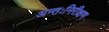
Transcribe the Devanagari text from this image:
अन्तःनिरीक्षण